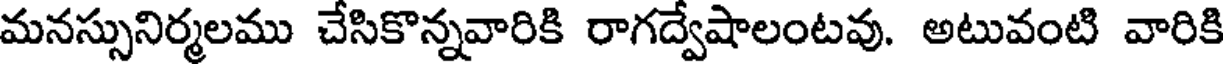
మనస్సునిర్మలము చేసికొన్నవారికి రాగద్వేషాలంటవు. అటువంటి వారికి